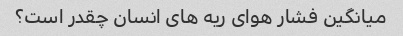
میانگین فشار هوای ریه های انسان چقدر است؟